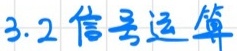
3.2 信号运算